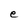
Character: e